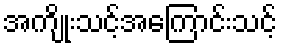
အကျိုးသင့်အကြောင်းသင့်